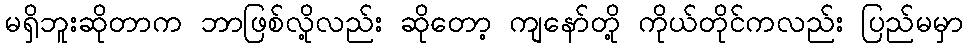
မရှိဘူးဆိုတာက ဘာဖြစ်လို့လည်း ဆိုတော့ ကျနော်တို့ ကိုယ်တိုင်ကလည်း ပြည်မမှာ